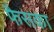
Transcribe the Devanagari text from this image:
फैसका